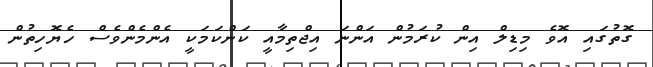
ގޮތުގައި އޮވެ މިޑިލް އިން ކުރަމުން އަންނަ އިޖްތިމާއީ ކަންކަމަކީ އެންމެންވެސް ހެޔޮހިތުން